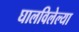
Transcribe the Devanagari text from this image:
घालविलेल्या